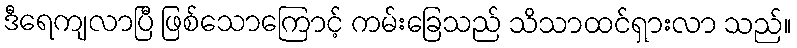
ဒီရေကျလာပြီ ဖြစ်သောကြောင့် ကမ်းခြေသည် သိသာထင်ရှားလာ သည်။